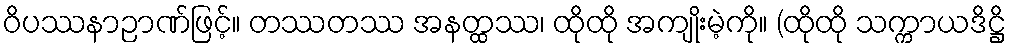
ဝိပဿနာဉာဏ်ဖြင့်။ တဿတဿ အနတ္ထဿ၊ ထိုထို အကျိုးမဲ့ကို။ (ထိုထို သက္ကာယဒိဋ္ဌိ